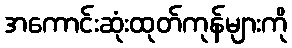
အကောင်းဆုံးထုတ်ကုန်များကို